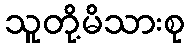
သူတို့မိသားစု